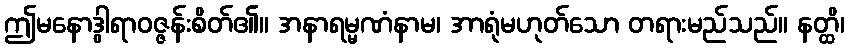
ဤမနောဒွါရာဝဇ္ဇန်းစိတ်၏။ အနာရမ္မဏံနာမ၊ အာရုံမဟုတ်သော တရားမည်သည်။ နတ္ထိ၊